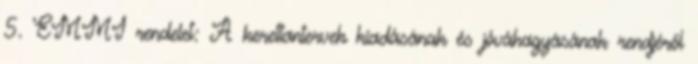
5. EMMI rendelet: A kerettantervek kiadásának és jóváhagyásának rendjéről